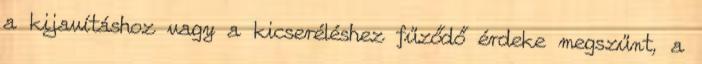
a kijavításhoz vagy a kicseréléshez fűződő érdeke megszűnt, a